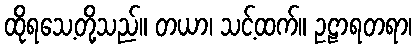
ထိုရသေ့တို့သည်။ တယာ၊ သင့်ထက်။ ဥဠာရတရာ၊